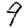
Digit: 9